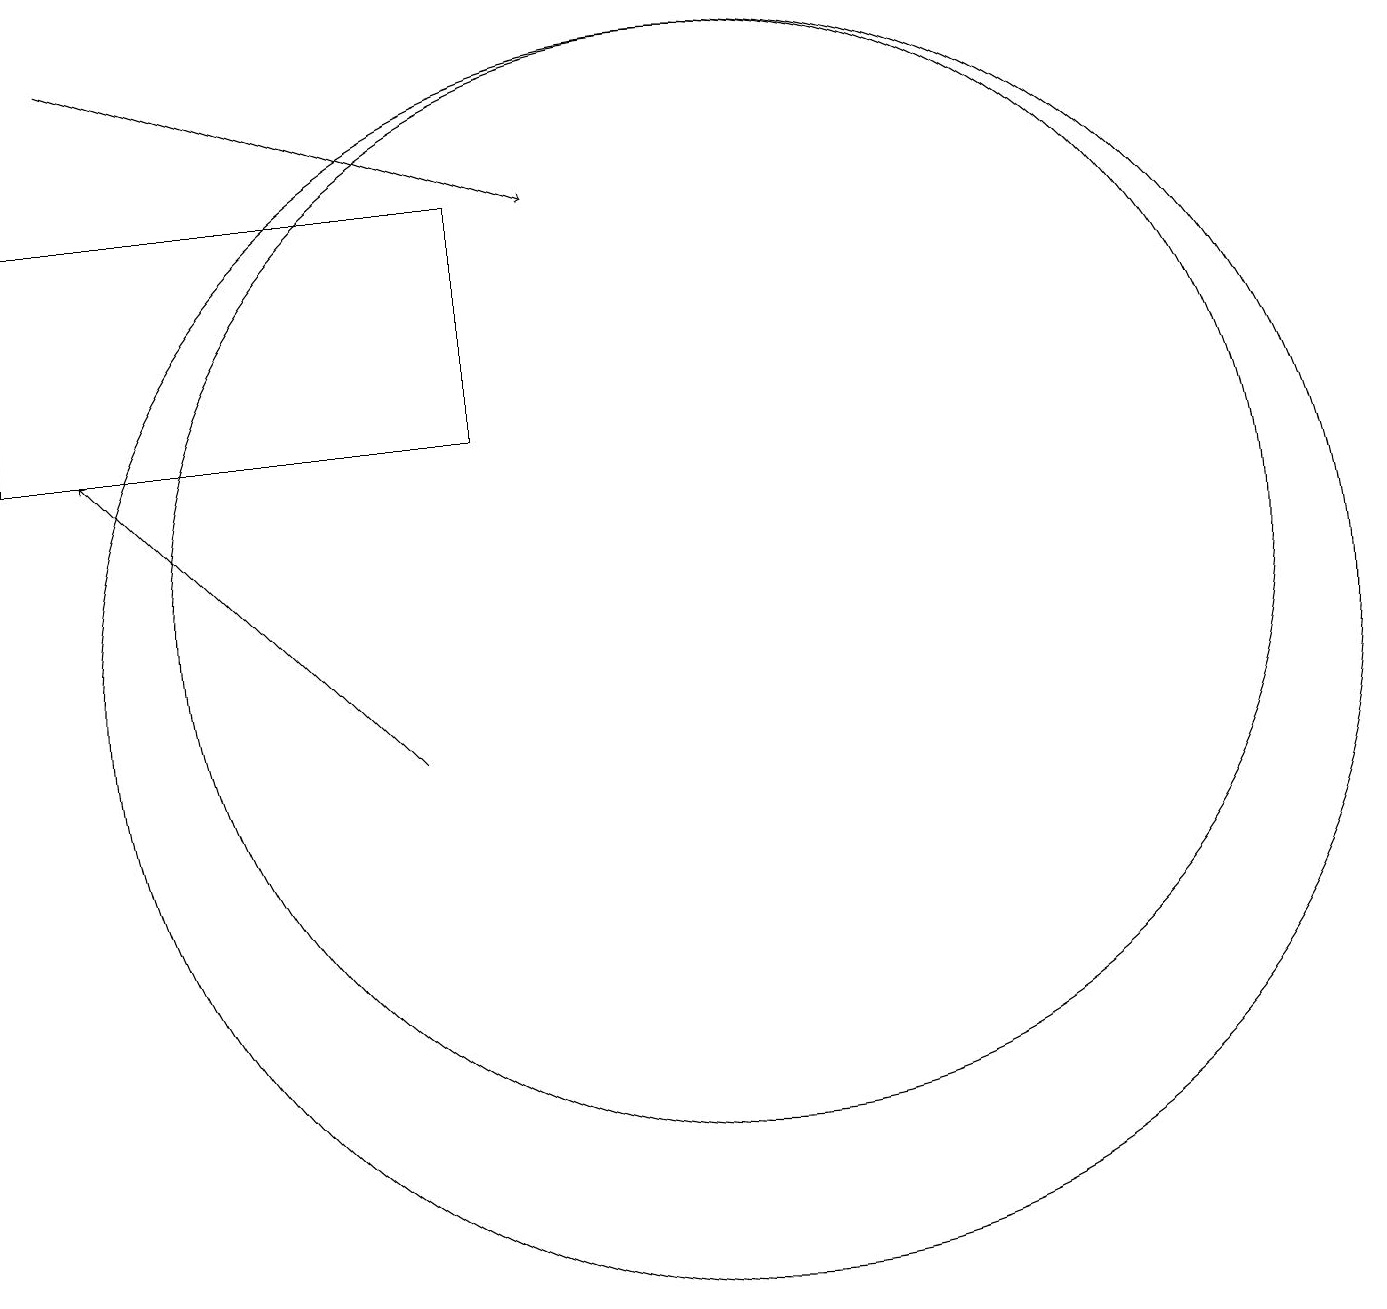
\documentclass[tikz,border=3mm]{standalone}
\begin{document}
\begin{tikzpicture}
\draw[->] (7,10) -- (3,14);
\draw[->] (3,19) -- (9,17);
\draw (11,12) circle (7);
\draw (8,14) rectangle (2,17);
\draw (11,11) circle (8);
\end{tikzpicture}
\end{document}